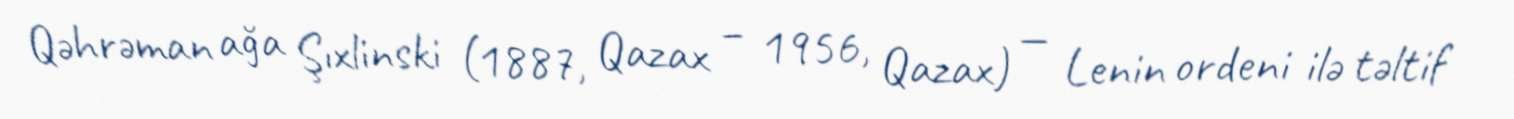
Qəhrəman ağa Şıxlinski (1887, Qazax – 1956, Qazax) — Lenin ordeni ilə təltif